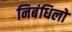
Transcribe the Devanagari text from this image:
निबंधिलो